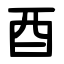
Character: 酉